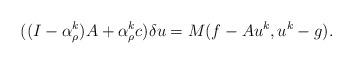
LaTeX: \begin{align*}( (I - \alpha_\rho^k)A + \alpha_\rho^k c) \delta u &= M(f - Au^k, u^k - g) .\end{align*}